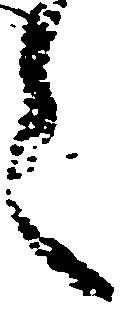
言